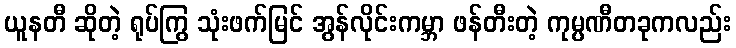
ယူနတီ ဆိုတဲ့ ရုပ်ကြွ သုံးဖက်မြင် အွန်လိုင်းကမ္ဘာ ဖန်တီးတဲ့ ကုမ္ပဏီတခုကလည်း